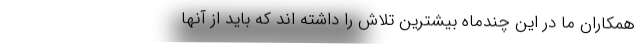
همکاران ما در این چندماه بیشترین تلاش را داشته اند که باید از آنها